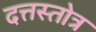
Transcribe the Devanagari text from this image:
दत्तस्तोत्र